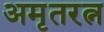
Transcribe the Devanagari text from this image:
अमृतरत्न